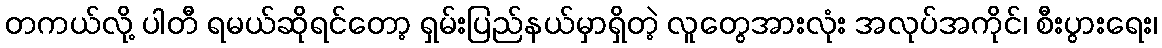
တကယ်လို့ ပါတီ ရမယ်ဆိုရင်တော့ ရှမ်းပြည်နယ်မှာရှိတဲ့ လူတွေအားလုံး အလုပ်အကိုင်၊ စီးပွားရေး၊